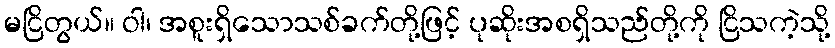
မငြိတွယ်။ ဝါ၊ အစူးရှိသောသစ်ခက်တို့ဖြင့် ပုဆိုးအစရှိသည်တို့ကို ငြိသကဲ့သို့